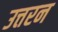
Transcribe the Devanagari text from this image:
उत्तरन